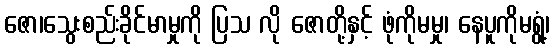
ဇော၊သွေးစည်းခိုင်မာမှုကို ပြသ လို ဇောတို့နှင့် ဖုံကိုမမှု၊ နေပူကိုမရွံ့၊